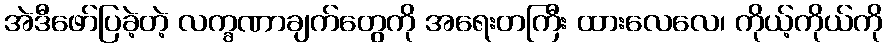
အဲဒီဖော်ပြခဲ့တဲ့ လက္ခဏာချက်တွေကို အရေးတကြီး ထားလေလေ၊ ကိုယ့်ကိုယ်ကို